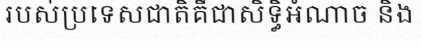
របស់ប្រទេសជាតិគឺជាសិទ្ធិអំណាច និង